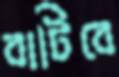
বাটিবে